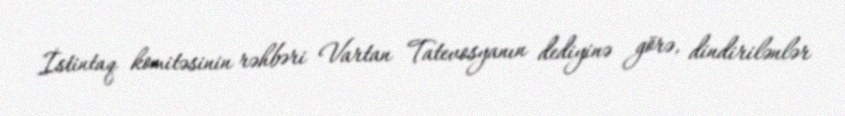
İstintaq komitəsinin rəhbəri Vartan Tatevosyanın dediyinə görə, dindirilənlər